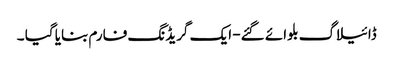
ڈائیلاگ بلوائے گئے- ایک گریڈنگ فارم بنایا گیا ۔